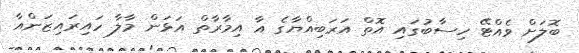
ބޮލަށް ވެއްޓޭ ހިސާބުގައި އޮތް އަރަބިއްޔާގެ އާ އިމާރާތް އަޅަން މާލާ ހައިރައިޒަންއާ